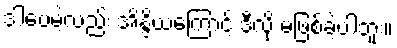
ဒါပေမဲ့လည်း အိန္ဒိယကြောင့် ဒီလို မဖြစ်ခဲ့ပါဘူး။